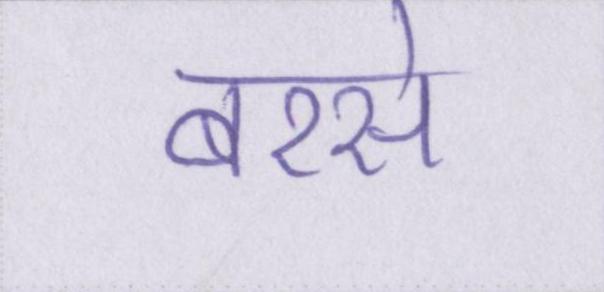
बरसे